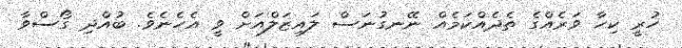
ހުރީ ކިހާ ވަރެއްގެ ތެދެއްކަމެއް ނޭނގުނަސް ލައިޒަލްއަށް ވީ އެހެނެވެ. ބުއްދި ގޯސްވާ